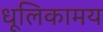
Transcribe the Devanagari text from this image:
धूलिकामय